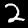
Label: 2